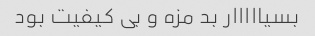
بسیااااار بد مزه و بی کیفیت بود